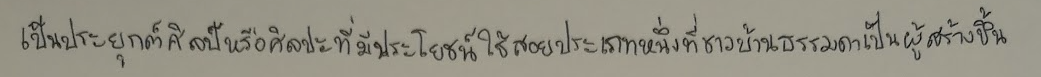
เป็นประยุกต์ศิลป์หรือศิลปะที่มีประโยชน์ใช้สอยประเภทหนึ่งที่ชาวบ้านธรรมดาเป็นผู้สร้างขึ้น